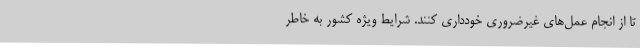
تا از انجام عمل‌های غیرضروری خودداری کنند. شرایط ویژه کشور به خاطر